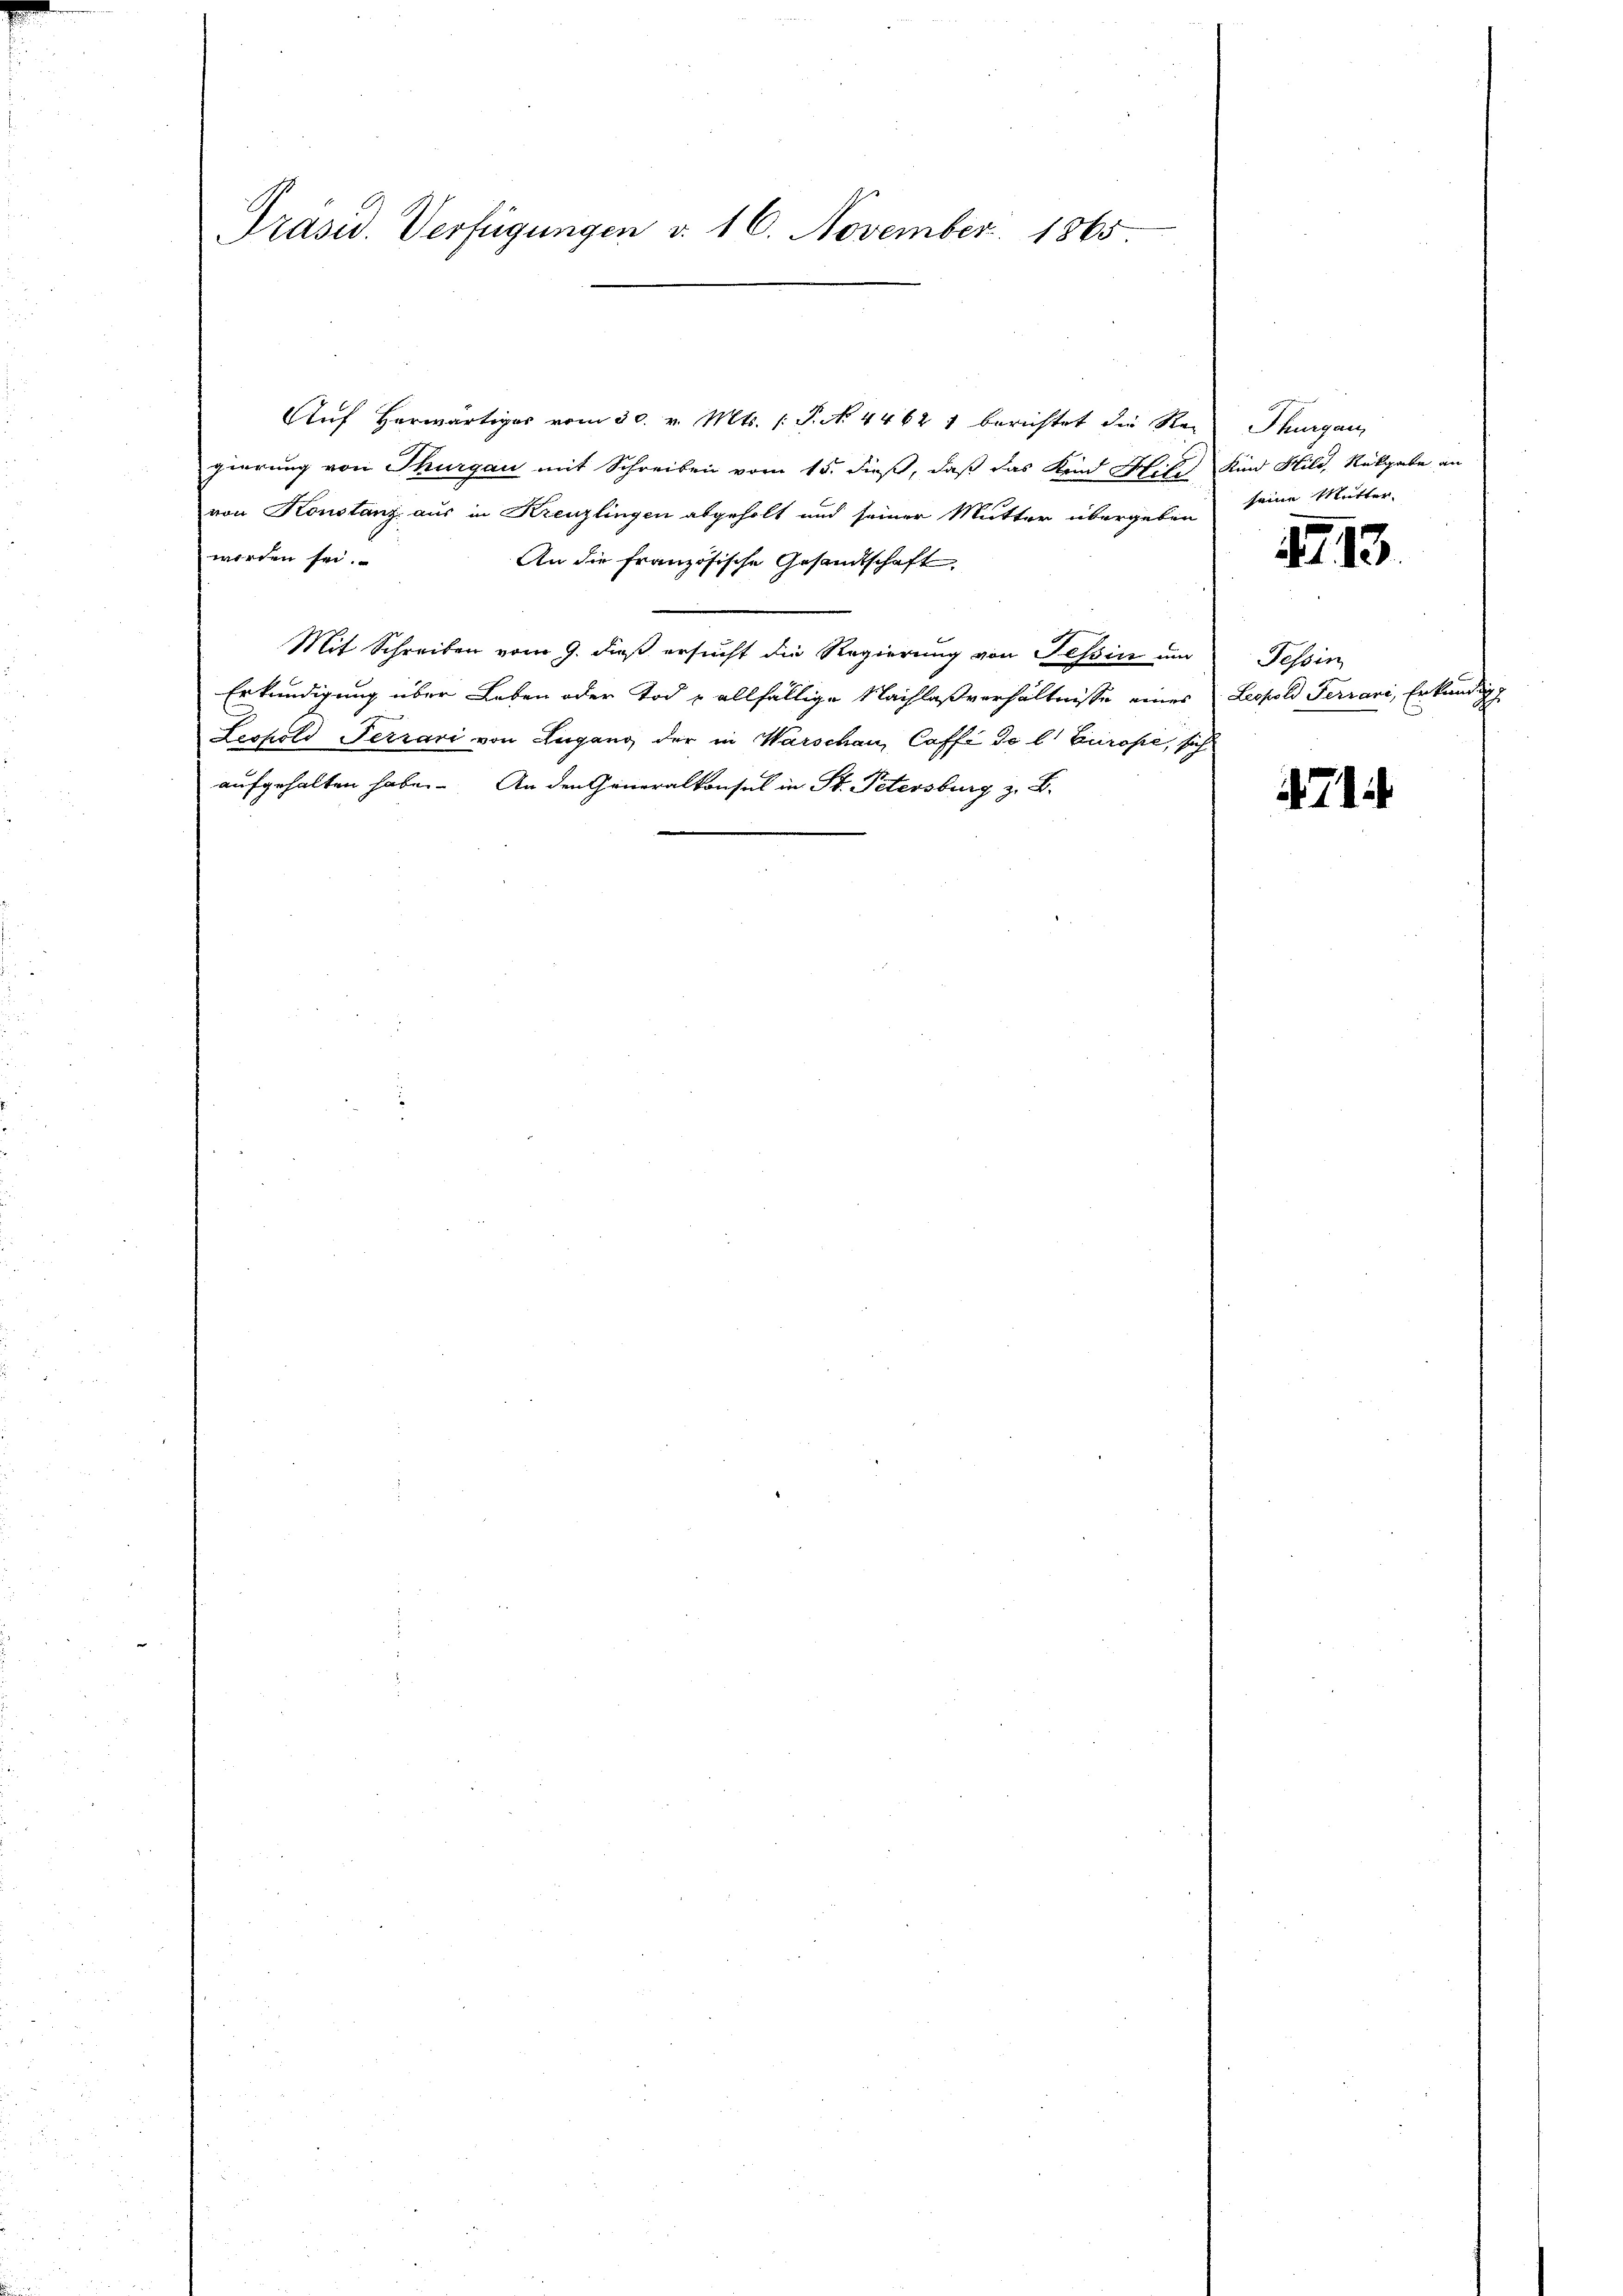
Präsid. Verfügungen d. 16. November 1865

Aŭf herwärtiges vom 30. v. Mts. (T. N. 4462 1 berichtet die Reis Thurgau,
gierung von Thurgau mit Schreiben vom 15. dieß, daß das Kind Mit Kind Hild, Rückgabe an
von Konstanz aus in Kreuzlingen abgeholt und seiner Mutter übergeben
worden sei.
An die französische Gesandtschaft
Mit Schreiben vom 9. dieß ersucht die Regierung von Tessin und
Erkundigung über Leben oder Tod u allfällige Nachlaßverhältnisse eines Leopold Ferrari, Erkundigu
Leopold Ferrari von Lugano, der in Warschau, Café de l. Europe, sich
aufgehalten habe. An den Generalkonsul in St. Petersburg z. B.

seine Mutter.

1413.

Tessin

71